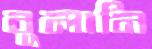
বুলানি